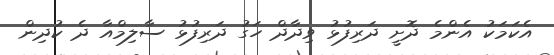
އެކަމަކު އެންމެ ދޮށީ ދަރިފުޅު ވިދާދް ހަގު ދަރިފުޅު ސާލިމްއާ ދެ ކުދިން